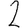
Digit: 2